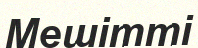
Мешітті